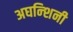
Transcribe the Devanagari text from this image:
अघन्शिनी